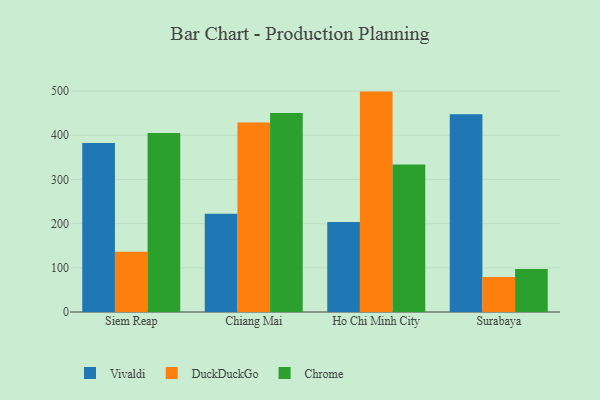
{"axis": {"x": "City", "y": "Operating Costs (USD K)"}, "legend": ["Chrome", "DuckDuckGo", "Vivaldi"], "data": [{"x": "Siem Reap", "y": 382.7, "type": "Vivaldi"}, {"x": "Siem Reap", "y": 136.2, "type": "DuckDuckGo"}, {"x": "Siem Reap", "y": 405.4, "type": "Chrome"}, {"x": "Chiang Mai", "y": 222.5, "type": "Vivaldi"}, {"x": "Chiang Mai", "y": 428.8, "type": "DuckDuckGo"}, {"x": "Chiang Mai", "y": 450.2, "type": "Chrome"}, {"x": "Ho Chi Minh City", "y": 203.5, "type": "Vivaldi"}, {"x": "Ho Chi Minh City", "y": 498.9, "type": "DuckDuckGo"}, {"x": "Ho Chi Minh City", "y": 333.9, "type": "Chrome"}, {"x": "Surabaya", "y": 447.4, "type": "Vivaldi"}, {"x": "Surabaya", "y": 79.2, "type": "DuckDuckGo"}, {"x": "Surabaya", "y": 97.1, "type": "Chrome"}]}